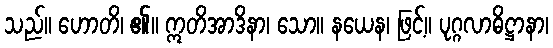
သည်။ ဟောတိ၊ ၏။ ဣတိအာဒိနာ၊ သော။ နယေန၊ ဖြင့်။ ပုဂ္ဂလာဓိဋ္ဌာနာ၊